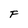
Character: F